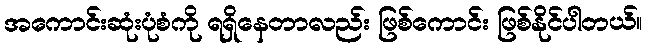
အကောင်းဆုံးပုံစံကို ရရှိနေတာလည်း ဖြစ်ကောင်း ဖြစ်နိုင်ပါတယ်။